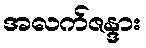
အလက်ဇန္ဒား